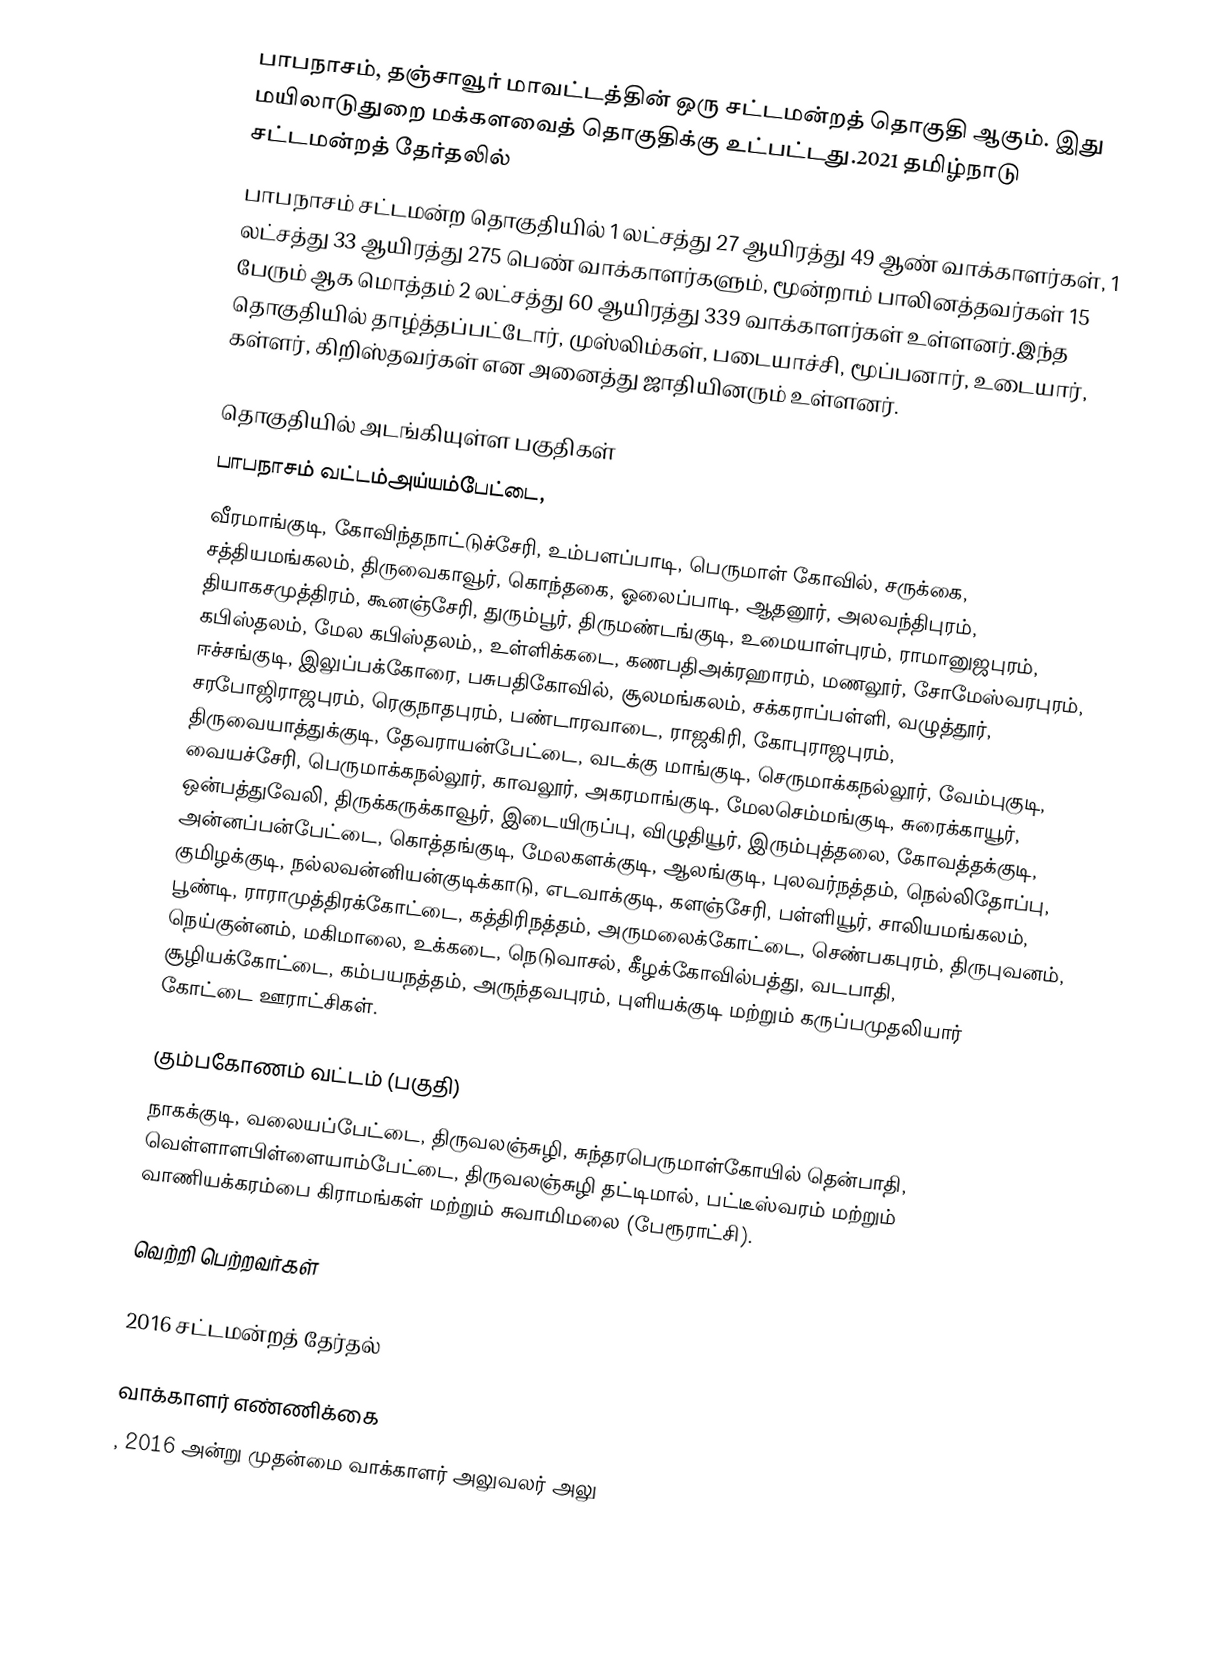
பாபநாசம், தஞ்சாவூர் மாவட்டத்தின் ஒரு சட்டமன்றத் தொகுதி ஆகும். இது மயிலாடுதுறை மக்களவைத் தொகுதிக்கு உட்பட்டது.2021 தமிழ்நாடு சட்டமன்றத் தேர்தலில்
பாபநாசம் சட்டமன்ற தொகுதியில் 1 லட்சத்து 27 ஆயிரத்து 49 ஆண் வாக்காளர்கள், 1 லட்சத்து 33 ஆயிரத்து 275 பெண் வாக்காளர்களும், மூன்றாம் பாலினத்தவர்கள் 15 பேரும் ஆக மொத்தம் 2 லட்சத்து 60 ஆயிரத்து 339 வாக்காளர்கள் உள்ளனர்.இந்த தொகுதியில் தாழ்த்தப்பட்டோர், முஸ்லிம்கள், படையாச்சி, மூப்பனார், உடையார், கள்ளர், கிறிஸ்தவர்கள் என அனைத்து ஜாதியினரும் உள்ளனர்.

தொகுதியில் அடங்கியுள்ள பகுதிகள்
பாபநாசம் வட்டம்அய்யம்பேட்டை,
வீரமாங்குடி, கோவிந்தநாட்டுச்சேரி, உம்பளப்பாடி, பெருமாள் கோவில், சருக்கை, சத்தியமங்கலம், திருவைகாவூர், கொந்தகை, ஓலைப்பாடி, ஆதனூர், அலவந்திபுரம், தியாகசமுத்திரம், கூனஞ்சேரி, துரும்பூர், திருமண்டங்குடி, உமையாள்புரம், ராமானுஜபுரம், கபிஸ்தலம், மேல கபிஸ்தலம்,, உள்ளிக்கடை, கணபதிஅக்ரஹாரம், மணலூர், சோமேஸ்வரபுரம், ஈச்சங்குடி, இலுப்பக்கோரை, பசுபதிகோவில், சூலமங்கலம், சக்கராப்பள்ளி, வழுத்தூர், சரபோஜிராஜபுரம், ரெகுநாதபுரம், பண்டாரவாடை, ராஜகிரி, கோபுராஜபுரம், திருவையாத்துக்குடி, தேவராயன்பேட்டை, வடக்கு மாங்குடி, செருமாக்கநல்லூர், வேம்புகுடி, வையச்சேரி, பெருமாக்கநல்லூர், காவலூர், அகரமாங்குடி, மேலசெம்மங்குடி, சுரைக்காயூர், ஒன்பத்துவேலி, திருக்கருக்காவூர், இடையிருப்பு, விழுதியூர், இரும்புத்தலை, கோவத்தக்குடி, அன்னப்பன்பேட்டை, கொத்தங்குடி, மேலகளக்குடி, ஆலங்குடி, புலவர்நத்தம், நெல்லிதோப்பு, குமிழக்குடி, நல்லவன்னியன்குடிக்காடு, எடவாக்குடி, களஞ்சேரி, பள்ளியூர், சாலியமங்கலம், பூண்டி, ராராமுத்திரக்கோட்டை, கத்திரிநத்தம், அருமலைக்கோட்டை, செண்பகபுரம், திருபுவனம், நெய்குன்னம், மகிமாலை, உக்கடை, நெடுவாசல், கீழக்கோவில்பத்து, வடபாதி, சூழியக்கோட்டை, கம்பயநத்தம், அருந்தவபுரம், புளியக்குடி மற்றும் கருப்பமுதலியார் கோட்டை ஊராட்சிகள்.

கும்பகோணம் வட்டம் (பகுதி)
நாகக்குடி, வலையப்பேட்டை, திருவலஞ்சுழி, சுந்தரபெருமாள்கோயில் தென்பாதி, வெள்ளாளபிள்ளையாம்பேட்டை, திருவலஞ்சுழி தட்டிமால், பட்டீஸ்வரம் மற்றும் வாணியக்கரம்பை கிராமங்கள் மற்றும் சுவாமிமலை (பேரூராட்சி).

வெற்றி பெற்றவர்கள்

2016 சட்டமன்றத் தேர்தல்

வாக்காளர் எண்ணிக்கை
, 2016 அன்று முதன்மை வாக்காளர் அலுவலர் அலு